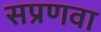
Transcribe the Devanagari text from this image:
सप्रणवा